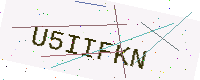
Text: U5IIFKN